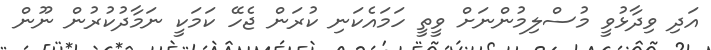
އަދި ވިދާޅުވީ މުސްލިމުންނަށް ވީތީ ހަމައެކަނި ކުރަން ޖެހޭ ކަމަކީ ނަމާދުކުރުން ނޫން